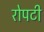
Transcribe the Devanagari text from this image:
रोपटी